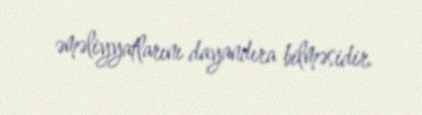
əməliyyatlarını dayandıra bilməsidir.